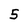
Character: 5